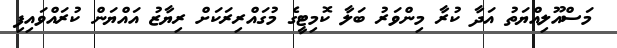
މަސްއޫލިއްޔަތު އަދާ ކުރާ މިންވަރު ބަލާ ކޮމިޓީގެ މުގައްރިރަކަށް ރިޔާޒު އައްޔަން ކުރައްވައިފި